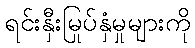
ရင်းနှီးမြုပ်နှံမှုများကို